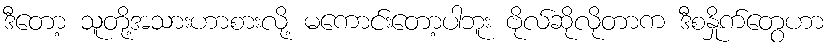
ဒီတော့ သူတို့အသားဟာစားလို့ မကောင်းတော့ပါဘူး ဗိုလ်ဆိုလိုတာက ဒီစနှိုက်တွေဟာ